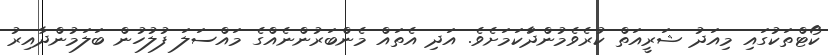
ކޯޓްތަކުގައި މިއަދު ޝަރީއަތް ކުރެވެމުންދާަކަމަށެވެ. އަދި އެތައް މެންބަރުންނެއްގެ މައްސަލަ ފުލުހުން ބަލަމުންދާއިރު